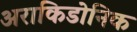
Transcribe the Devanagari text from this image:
अराकिडोनिक